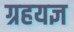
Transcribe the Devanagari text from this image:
ग्रहयज्ञ